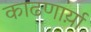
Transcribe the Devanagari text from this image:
काढणार्य़ा